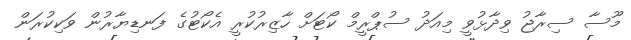
މޫސާ ސިރާޖު ވިދާޅުވީ މިއަދު ސުޕްރީމް ކޯޓަށް ހާޒިރުކުރީ އެކޯޓުގެ ފަނޑިޔާރުން ވަކިކުރަން